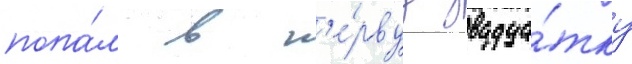
попа́л в п'е́рвуу двадца́тку